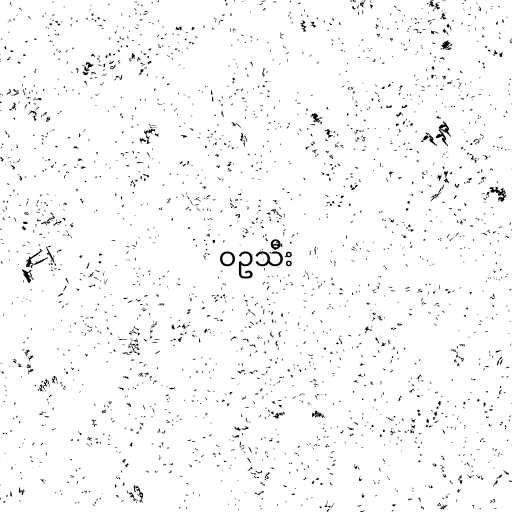
ဝဥသီး